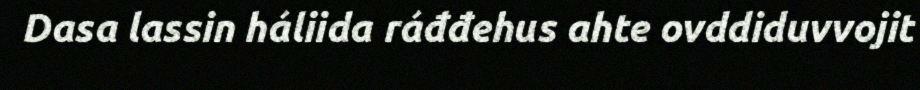
Dasa lassin háliida ráđđehus ahte ovddiduvvojit